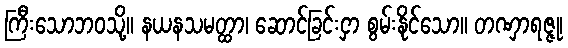
ကြီးသောဘဝသို့။ နယနသမတ္ထာ၊ ဆောင်ခြင်းငှာ စွမ်းနိုင်သော။ တဏှာရဇ္ဇု၊